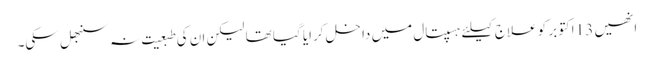
انھیں 13 اکتوبر کو علاج کیلئے ہسپتال میں داخل کرایا گیا تھا لیکن ان کی طبعیت نہ سنبھل سکی۔